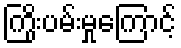
ကြိုးပမ်းမှုကြောင့်